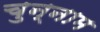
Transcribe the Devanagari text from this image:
चुन्नाम